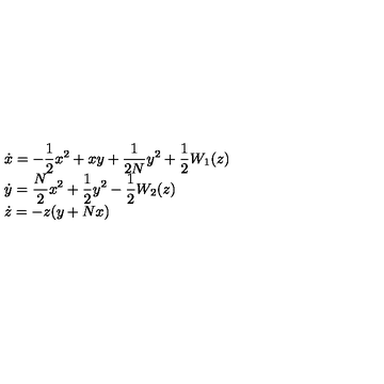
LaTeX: \begin{array} { l } { { \displaystyle \dot { x } = - \frac { 1 } { 2 } x ^ { 2 } + x y + \frac { 1 } { 2 N } y ^ { 2 } + \frac { 1 } { 2 } W _ { 1 } ( z ) } \vspace { 2 m m } } \\ { { \displaystyle \dot { y } = \frac { N } { 2 } x ^ { 2 } + \frac { 1 } { 2 } y ^ { 2 } - \frac { 1 } { 2 } W _ { 2 } ( z ) } \vspace { 2 m m } } \\ { \dot { z } = - z ( y + N x ) } \\ \end{array}